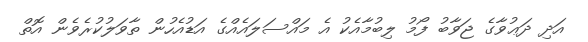
އަދި ދަޢުވާގެ ޖަވާބު ފޯމު ލިބުމާއެކު އެ މައްސަލައެއްގެ އަޑުއެހުން ތާވަލުކުރެވެން އޮތް